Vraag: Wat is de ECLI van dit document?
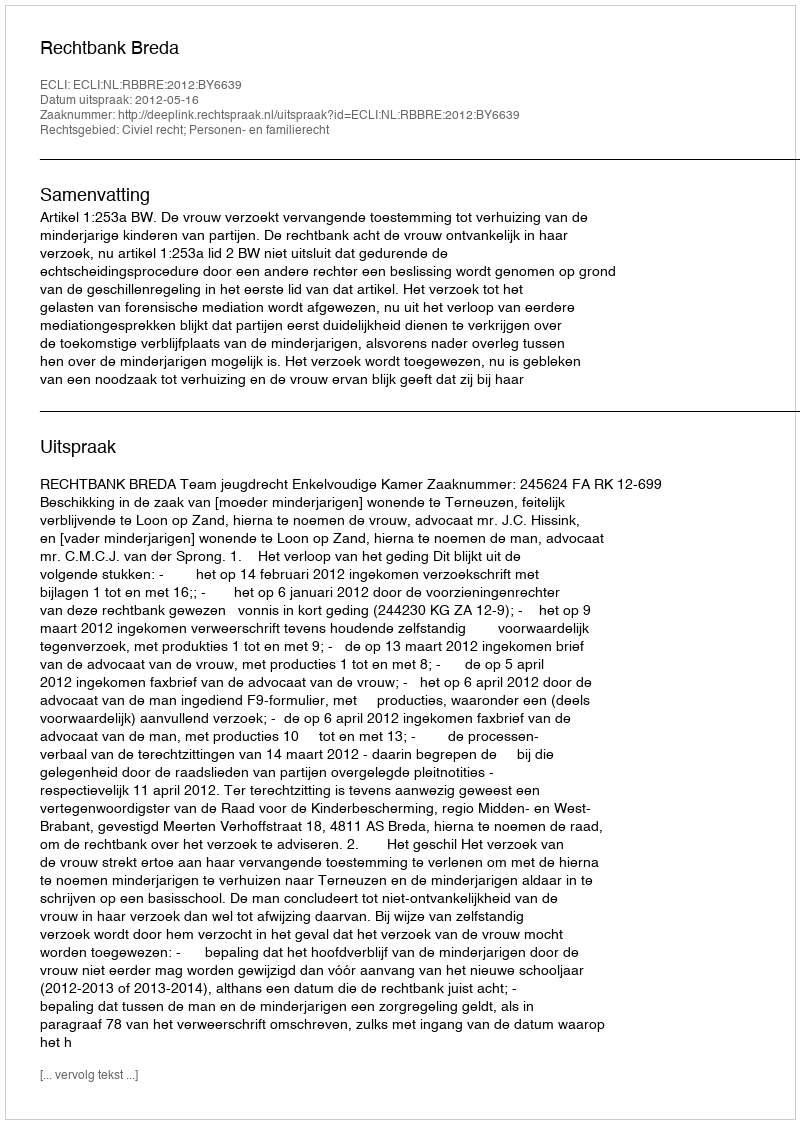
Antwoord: ECLI:NL:RBBRE:2012:BY6639